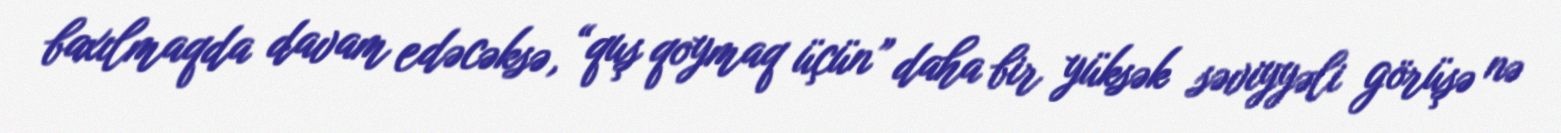
baxılmaqda davam edəcəksə, “quş qoymaq üçün” daha bir yüksək səviyyəli görüşə nə